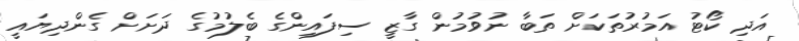
އަދި ކޯޓު އަމުރުތަކަށް ތަބާ ނުވުމުން ގާޒީ ސިފައިންގެ ބެލުމުގެ ދަށަށް ގެންދިޔައީ